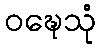
ဝဍ္ဎေသုံ